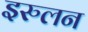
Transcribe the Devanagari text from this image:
इरुलन